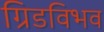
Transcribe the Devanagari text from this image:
ग्रिडविभव